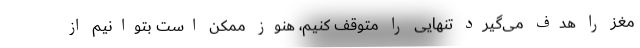
مغز را هدف می‌گیرد تنهایی را متوقف کنیم، هنوز ممکن است بتوانیم از